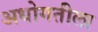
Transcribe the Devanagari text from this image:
अधोगतीला